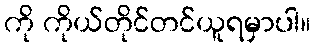
ကို ကိုယ်တိုင်တင်ယူရမှာပါ။